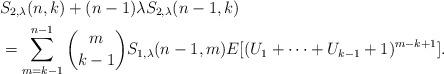
LaTeX: \begin{align*}&S_{2,\lambda }(n,k)+(n-1)\lambda S_{2,\lambda }(n-1,k)\\&= \sum_{m=k-1}^{n-1} {m \choose k-1} S_{1,\lambda }(n-1,m) E[(U_1+\cdots +U_{k-1}+1)^{m-k+1}].\end{align*}